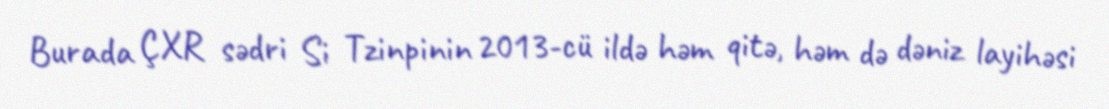
Burada ÇXR sədri Si Tzinpinin 2013-cü ildə həm qitə, həm də dəniz layihəsi